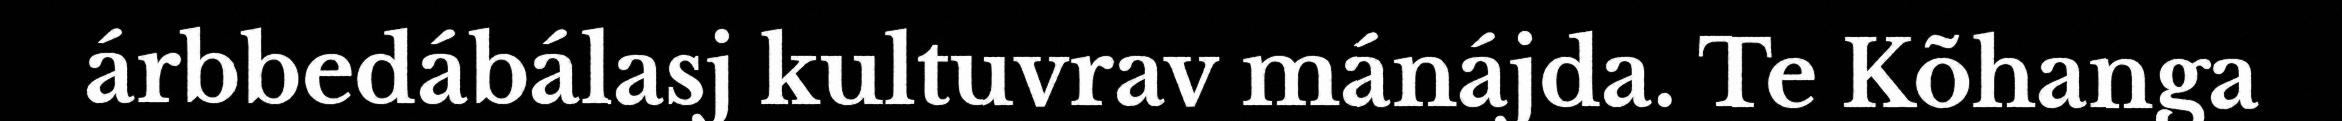
árbbedábálasj kultuvrav mánájda. Te Kõhanga